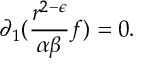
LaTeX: \partial _ { 1 } ( \frac { r ^ { 2 - \epsilon } } { \alpha \beta } f ) = 0 .